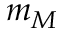
m _ { M }